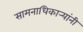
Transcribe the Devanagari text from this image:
सामनाधिकार्‍यांनी